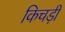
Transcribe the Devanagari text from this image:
किचड़ी